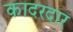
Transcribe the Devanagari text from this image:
कादरदार